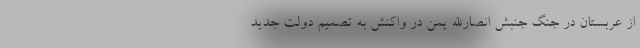
از عربستان در جنگ جنبش انصارالله یمن در واکنش به تصمیم دولت جدید